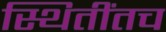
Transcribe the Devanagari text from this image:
स्थितींतच